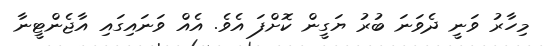
މިހާރު ވަނީ ދެވަނަ ބުރު ޔަގީން ކޮށްފަ އެވެ. އެއް ވަނައިގައި އާޖެންޓީނާ